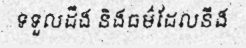
ទទួលដឹង និងធម៌ដែលនឹង